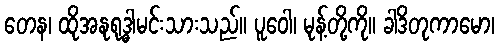
တေန၊ ထိုအနုရုဒ္ဓါမင်းသားသည်။ ပူဝေါ၊ မုန့်တို့ကို။ ခါဒိတုကာမော၊